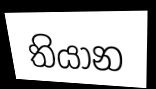
තියාන